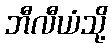
ဘီလီယံသို့